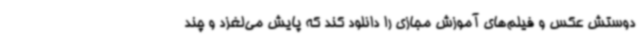
دوستش عکس و فیلم‌های آموزش مجازی را دانلود کند که پایش می‌لغزد و چند